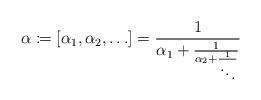
LaTeX: \begin{align*}\alpha\coloneqq\left[\alpha_{1},\alpha_{2},\ldots\right]=\frac{1}{\alpha_{1}+\frac{1}{\alpha_{2}+\frac{1}{\ddots}}}\end{align*}